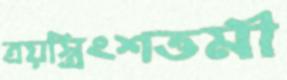
ত্রয়স্ত্রিংশত্তমী